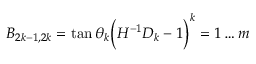
B _ { 2 k - 1 , 2 k } = \tan \theta _ { k } \Big ( H ^ { - 1 } D _ { k } - 1 \Big ) \sp k = 1 \ldots m